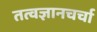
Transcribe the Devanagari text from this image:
तत्वज्ञानचर्चा